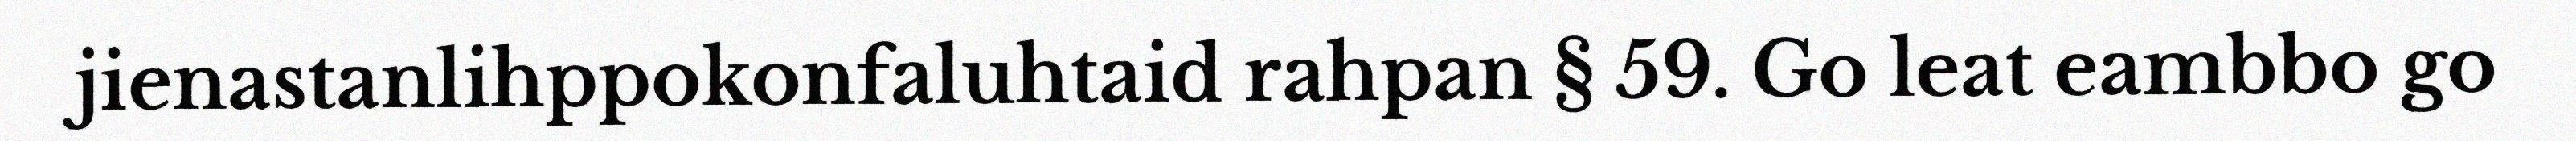
jienastanlihppokonfaluhtaid rahpan § 59. Go leat eambbo go